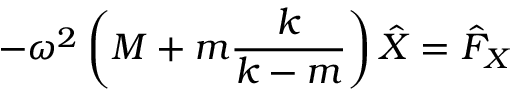
- \omega ^ { 2 } \left( M + m \frac { k } { k - m } \right) \hat { X } = \hat { F } _ { X }